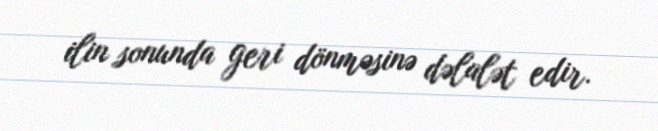
ilin sonunda geri dönməsinə dəlalət edir.